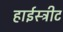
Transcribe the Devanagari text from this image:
हाईस्ट्रीट